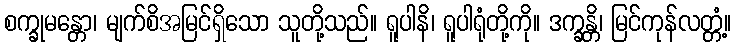
စက္ခုမန္တော၊ မျက်စိအမြင်ရှိသော သူတို့သည်။ ရူပါနိ၊ ရူပါရုံတို့ကို။ ဒက္ခန္တိ၊ မြင်ကုန်လတ္တံ့။